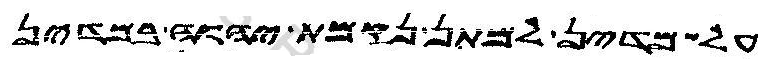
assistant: על מדין למתן נקמת יהוה במדין